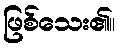
ဖြစ်သေး၏။